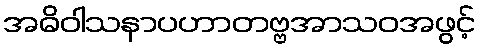
အဓိဝါသနာပဟာတဗ္ဗအာသဝအဖွင့်